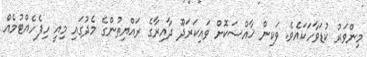
މިންވަރު ކުޑަވާހަކައެވެ. ވަކިން ޚާއްސަކޮށް ވައިކަރަދޫ ދާއިރާގެ ރައްޔިތުންގެ މެދުގައި މިއީ ހިފެހެއްޓުމެއް